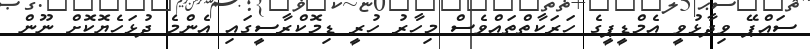
ސައްޕޭ ވިދާޅުވީ އެމްޑީޕީގެ ހަރަކާތްތައްވެސް މިހާރު ހުރީ ޑިމޮކްރާސީގައި އެންމެ ދުޅަހެޔޮކޮށް ނޫން